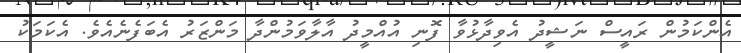
އެންކަމުން ރައީސް ނަޝީދު އެވިދާޅުވާ ފޮނި އުއްމީދު އާލާވަމުންދާ މަންޒަރު އެބަފެނެއެވެ. އެކަމަކު